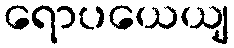
ရောပယေယျ